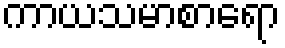
ကာယသမာစာရော